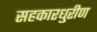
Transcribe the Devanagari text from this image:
सहकारधुरीण